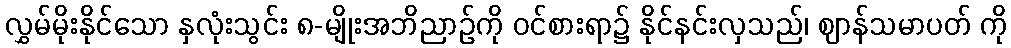
လွှမ်မိုးနိုင်သော နှလုံးသွင်း ၈-မျိုးအဘိညာဉ်ကို ဝင်စားရာ၌ နိုင်နင်းလှသည်၊ ဈာန်သမာပတ် ကို